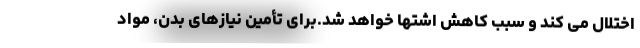
اختلال می کند و سبب کاهش اشتها خواهد شد.برای تأمین نیازهای بدن، مواد